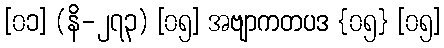
[၀၁] (နိ-၂၇၃) [၀၅] အဗျာကတပဒ {၀၅} [၀၅]